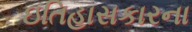
ઇતિહાસકારના